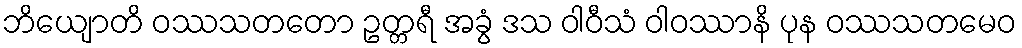
ဘိယျောတိ ဝဿသတတော ဥတ္တရီ အခွံ ဒသ ဝါဝီသံ ဝါဝဿာနိ ပုန ဝဿသတမေဝ